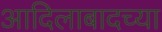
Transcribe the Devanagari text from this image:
आदिलाबादच्या